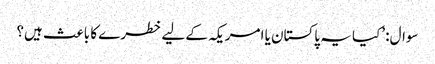
سوال: ’کیا یہ پاکستان یا امریکہ کے لیے خطرے کا باعث ہیں؟